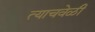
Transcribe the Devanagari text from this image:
त्‍याचवेळी